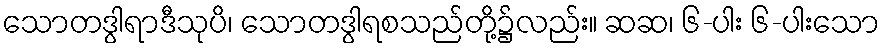
သောတဒွါရာဒီသုပိ၊ သောတဒွါရစသည်တို့၌လည်း။ ဆဆ၊ ၆-ပါး ၆-ပါးသော